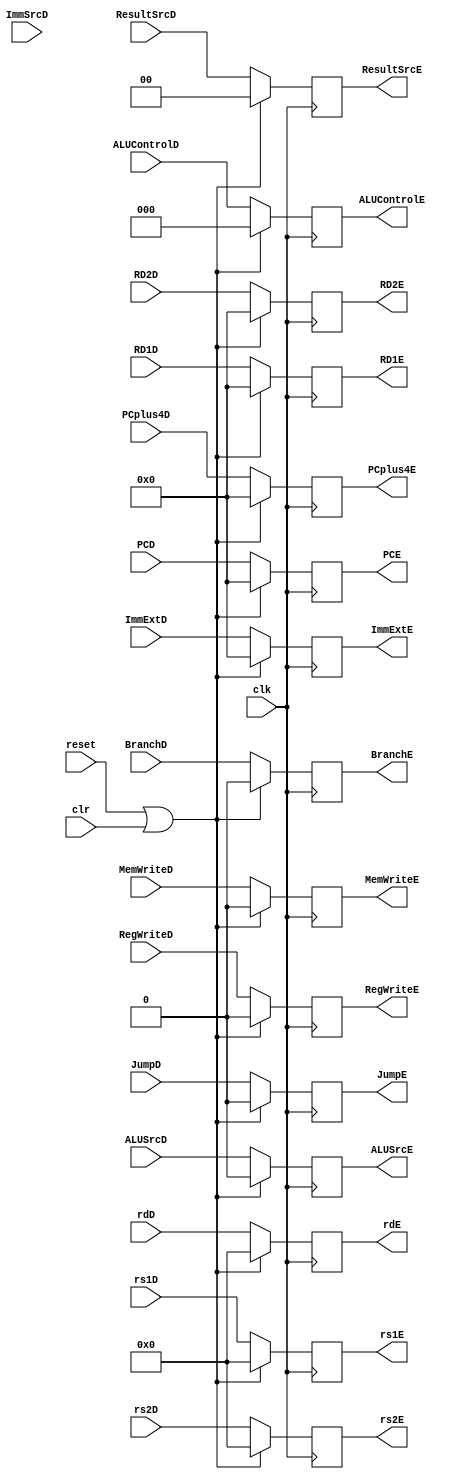
module E_pipe(clk, reset, clr,RegWriteD,MemWriteD, JumpD, BranchD, ALUSrcD, ALUControlD,ResultSrcD, ImmSrcD, rdD, RD1D, RD2D, PCD, ImmExtD, PCplus4D, RegWriteE,MemWriteE, JumpE, BranchE, ALUSrcE, ALUControlE, ResultSrcE, rdE, RD1E, RD2E, PCE, ImmExtE, PCplus4E,rs1D,rs2D,rs1E,rs2E);
input clk, reset, clr, RegWriteD,MemWriteD, JumpD, BranchD, ALUSrcD; 
input [2:0] ALUControlD;  
input [1:0] ResultSrcD, ImmSrcD;
input [4:0] rdD,rs1D,rs2D;
input [31:0] RD1D, RD2D, PCD, ImmExtD, PCplus4D;
output reg RegWriteE,MemWriteE, JumpE, BranchE, ALUSrcE; 
output reg  [2:0] ALUControlE;  
output reg [1:0] ResultSrcE;
output reg [4:0] rdE,rs1E,rs2E;
output reg [31:0] RD1E, RD2E, PCE, ImmExtE, PCplus4E;

always @ (posedge clk)
begin
if (reset | clr)
begin
RD1E       <= 0;
RD2E       <= 0;
PCE        <= 0;
ImmExtE    <= 0;
PCplus4E   <= 0;
rdE        <= 0;
rs1E       <= 0;
rs2E       <= 0;
ResultSrcE <= 0;
ALUControlE<= 0;
RegWriteE  <= 0;
MemWriteE  <= 0;
JumpE      <= 0;
BranchE    <= 0;
ALUSrcE    <= 0;
end

else 
begin
RD1E       <= RD1D;
RD2E       <= RD2D;
PCE        <= PCD;
ImmExtE    <= ImmExtD;
PCplus4E   <= PCplus4D;
rdE        <= rdD;
rs1E       <= rs1D;
rs2E       <= rs2D;
ResultSrcE <= ResultSrcD;
ALUControlE<= ALUControlD;
RegWriteE  <= RegWriteD;
MemWriteE  <= MemWriteD;
JumpE      <= JumpD;
BranchE    <= BranchD;
ALUSrcE    <= ALUSrcD;
end

end

endmodule